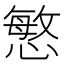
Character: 慜